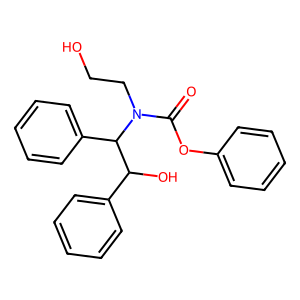
SMILES: O=C(Oc1ccccc1)N(CCO)C(c1ccccc1)C(O)c1ccccc1
Inhibits HIV replication: No